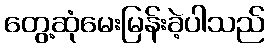
တွေ့ဆုံမေးမြန်းခဲ့ပါသည်